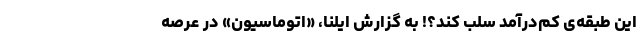
این طبقه‌ی کم‌درآمد سلب کند؟! به گزارش ایلنا، «اتوماسیون» در عرصه